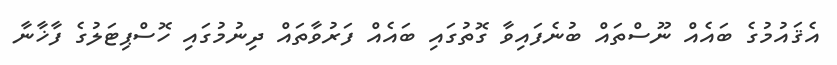
އެޤައުމުގެ ބައެއް ނޫސްތައް ބުނެފައިވާ ގޮތުގައި ބައެއް ފަރުވާތައް ދިނުމުގައި ހޮސްޕިޓަލުގެ ފާޚާނާ